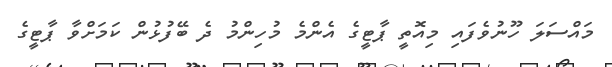
މައްސަލަ ހޫނުވެފައި މިއޮތީ ޕާޓީގެ އެންމެ މުހިންމު ދެ ބޭފުޅުން ކަމަށްވާ ޕާޓީގެ